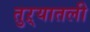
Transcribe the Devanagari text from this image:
तुऱ्यातली